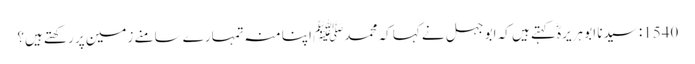
1540: سیدنا ابو ہریرہؓ کہتے ہیں کہ ابو جہل نے کہا کہ محمدﷺ اپنا منہ تمہارے سامنے زمین پر رکھتے ہیں؟